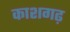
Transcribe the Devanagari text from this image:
काशगढ़